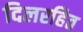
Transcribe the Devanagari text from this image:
दिलरहित